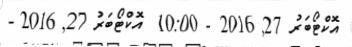
އޮކްޓޯބަރު 27